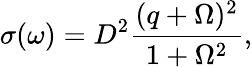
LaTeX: \sigma(\omega)=D^{2}\frac{(q+\Omega)^{2}}{1+{\Omega}^{2}},